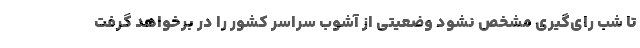
تا شب رای‌گیری مشخص نشود وضعیتی از آشوب سراسر کشور را در برخواهد گرفت